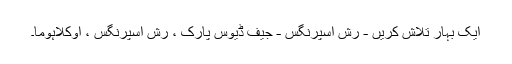
ایک بہار تلاش کریں - رش اسپرنگس - جیف ڈیوس پارک ، رش اسپرنگس ، اوکلاہوما۔